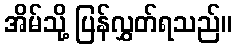
အိမ်သို့ ပြန်လွှတ်ရသည်။